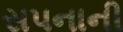
સપનાની